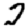
Digit: 2